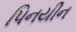
પિનયીન